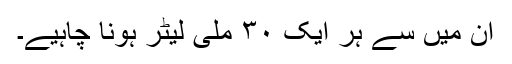
اِن میں سے ہر ایک ۳۰ ملی لیٹر ہونا چاہیے۔